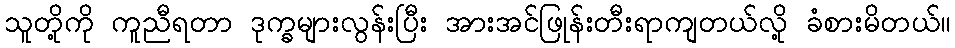
သူတို့ကို ကူညီရတာ ဒုက္ခများလွန်းပြီး အားအင်ဖြုန်းတီးရာကျတယ်လို့ ခံစားမိတယ်။